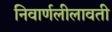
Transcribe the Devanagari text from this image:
निवार्णलीलावती